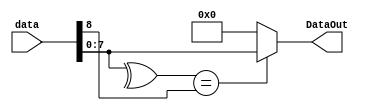
// This program was cloned from: https://github.com/SimNabong/UART-Transmitter-and-Receiver-with-Verilog
// License: MIT License

//Parity Bit checker that checks if the data with a given parity bit matches its parity bit
module Eight_Bit_Parity_Checker(
	input [8:0]data, //9 bits with the data[8](the MSB) being the parity bit
	output [7:0]DataOut //outputs the 8-bits if parity matches
);
	assign DataOut = (^data[7:0] == data[8])?data[7:0]:8'd0;
	
endmodule